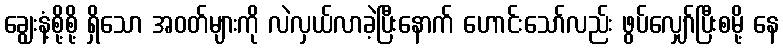
ချွေးနံ့စို့စို့ ရှိသော အဝတ်များကို လဲလှယ်လာခဲ့ပြီးနောက် ဟောင်းသော်လည်း ဖွပ်လျှော်ပြီးစမို့ နေ